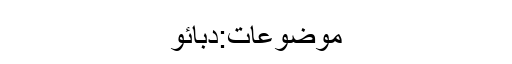
موضوعات:دبائو